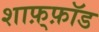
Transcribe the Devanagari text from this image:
शाफ़्फ़ॉड